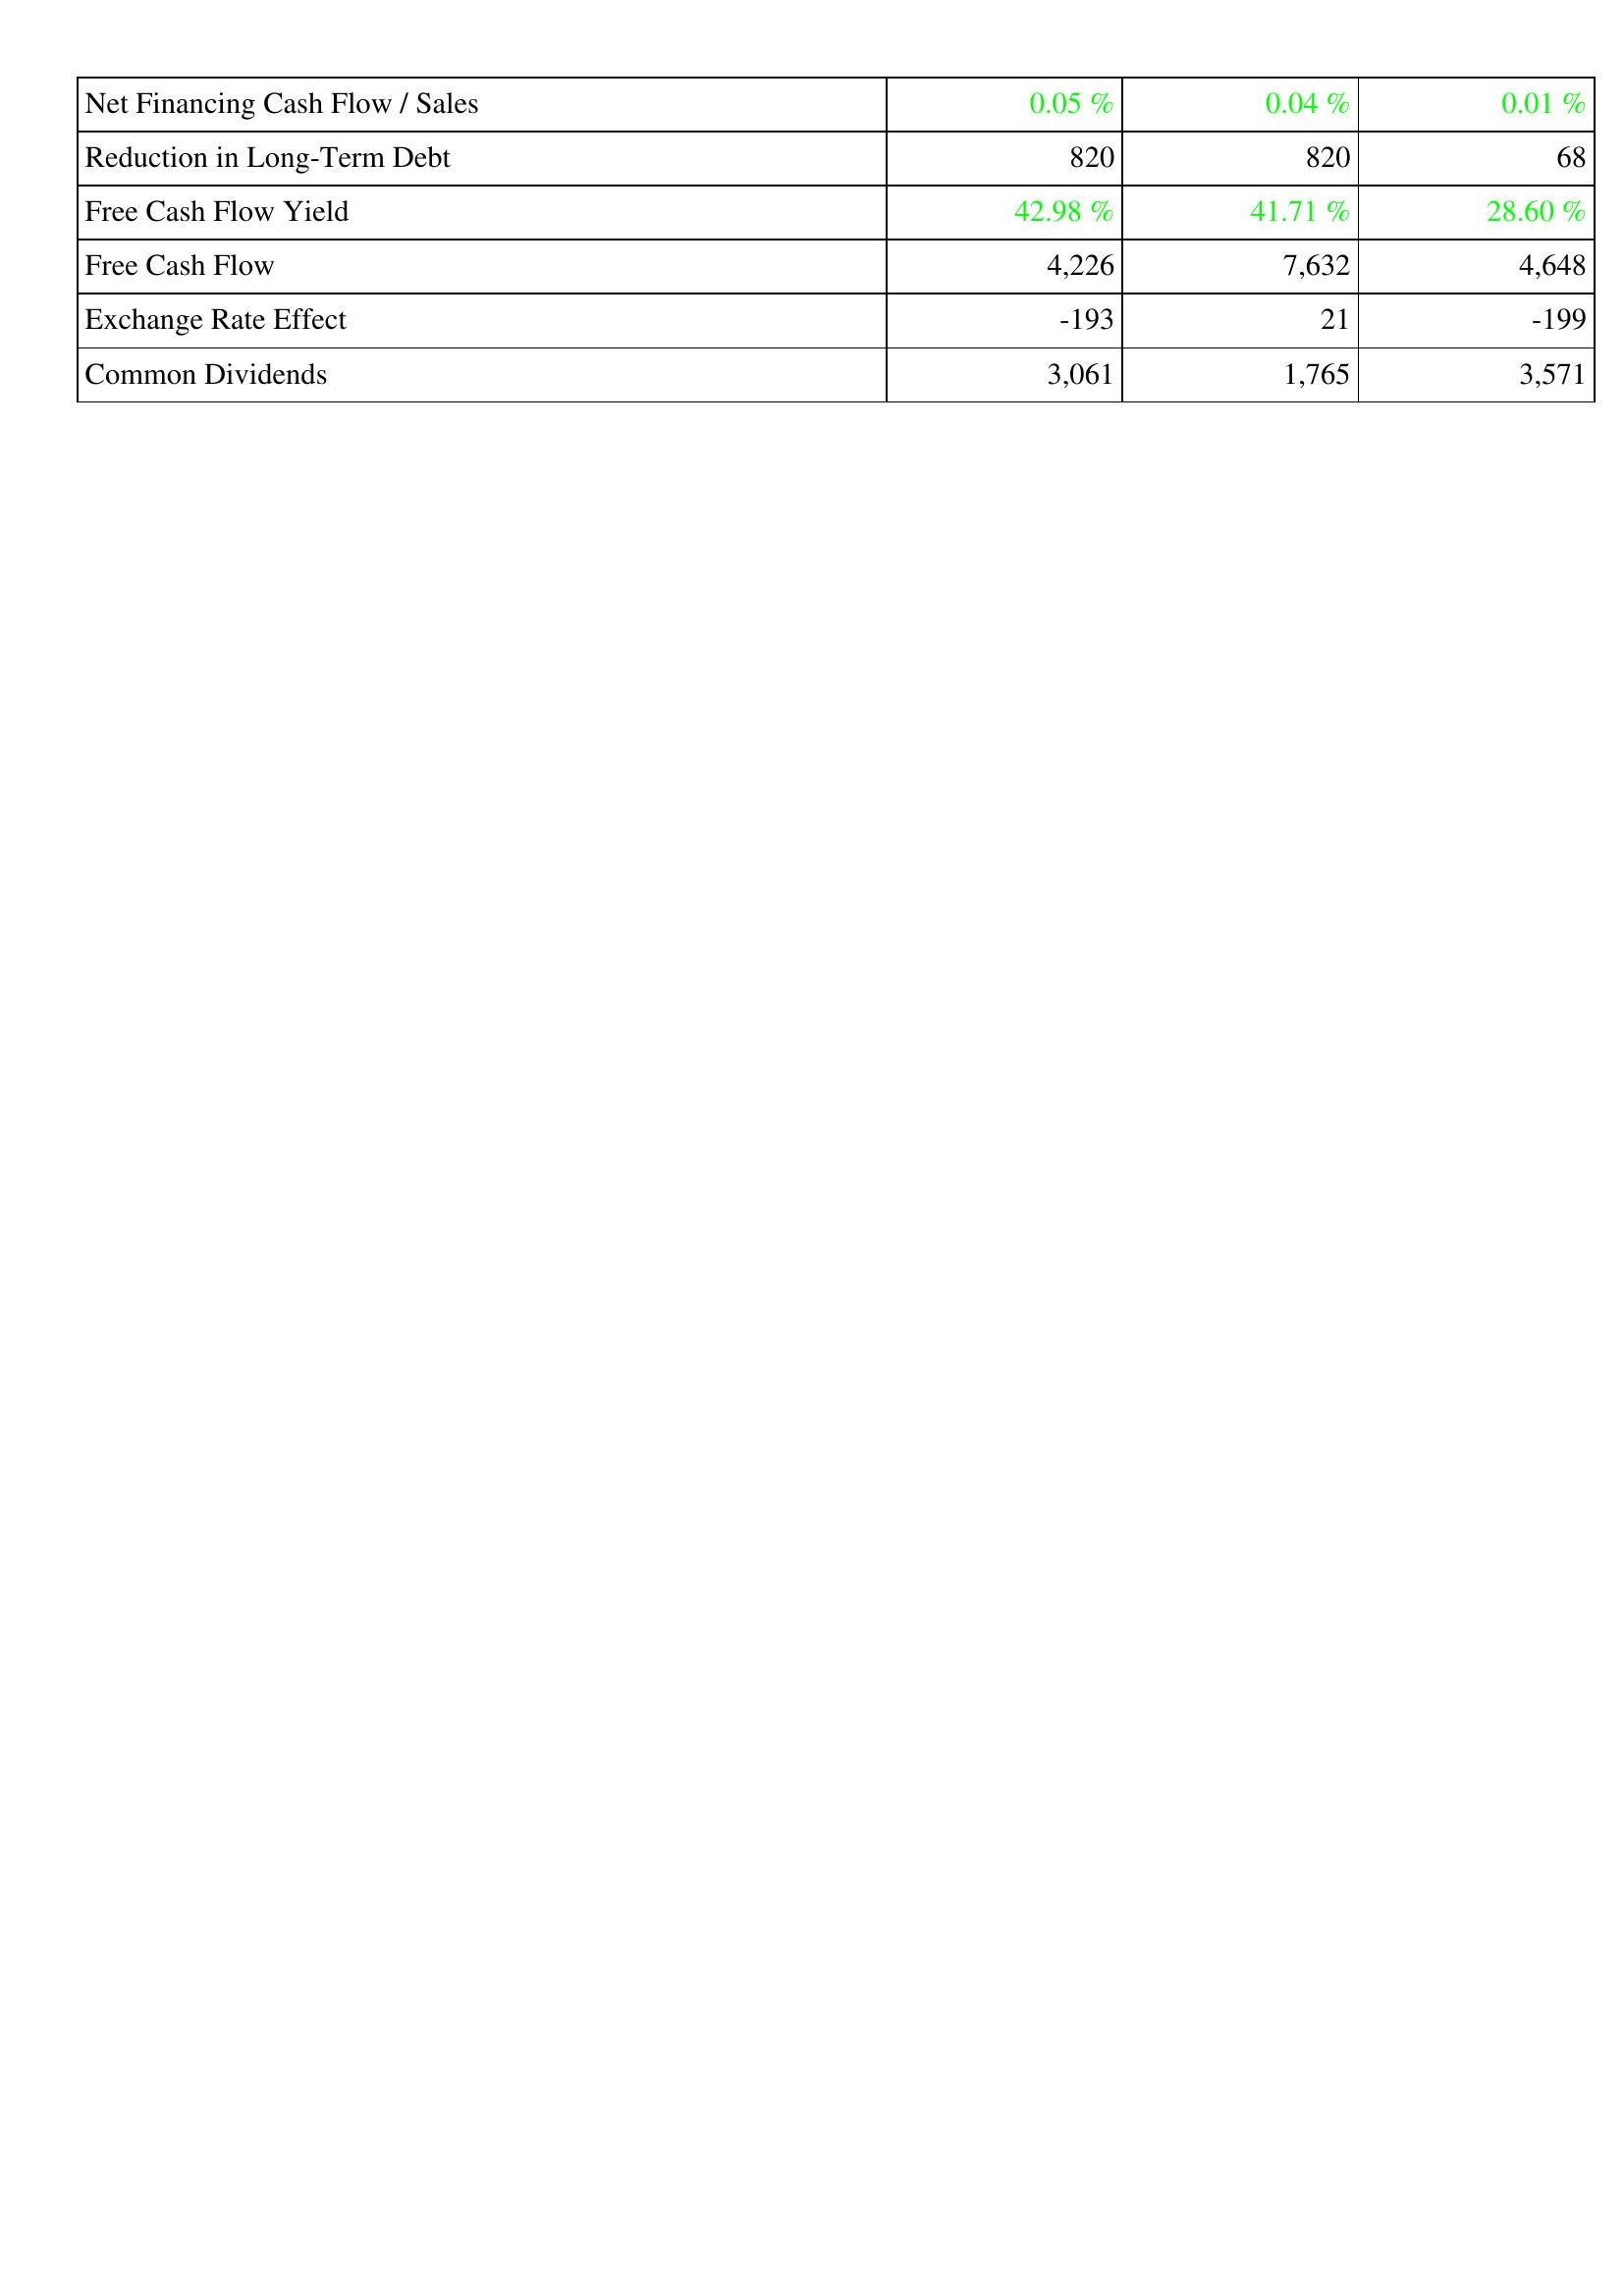
2015: Financing Activities: Net Financing Cash Flow / Sales: 0.05 %
Reduction in Long-Term Debt: 820
Free Cash Flow Yield: 42.98 %
Free Cash Flow: 4,226
Exchange Rate Effect: -193
Common Dividends: 3,061
2014: Financing Activities: Net Financing Cash Flow / Sales: 0.04 %
Reduction in Long-Term Debt: 820
Free Cash Flow Yield: 41.71 %
Free Cash Flow: 7,632
Exchange Rate Effect: 21
Common Dividends: 1,765
2013: Financing Activities: Net Financing Cash Flow / Sales: 0.01 %
Reduction in Long-Term Debt: 68
Free Cash Flow Yield: 28.60 %
Free Cash Flow: 4,648
Exchange Rate Effect: -199
Common Dividends: 3,571